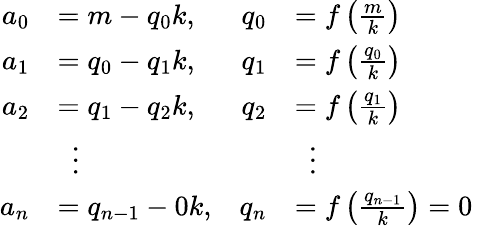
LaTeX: {\begin{array}{rlrlr}{a_{0}}&{=m-q_{0}k,}&{q_{0}}&{=f\left({\frac{m}{k}}\right)}&\\ {a_{1}}&{=q_{0}-q_{1}k,}&{q_{1}}&{=f\left({\frac{q_{0}}{k}}\right)}&\\ {a_{2}}&{=q_{1}-q_{2}k,}&{q_{2}}&{=f\left({\frac{q_{1}}{k}}\right)}&\\ &{\, \, \, \vdots}&&{\, \, \, \vdots}\\ {a_{n}}&{=q_{n-1}-0k,}&{q_{n}}&{=f\left({\frac{q_{n-1}}{k}}\right)=0}\end{array}}